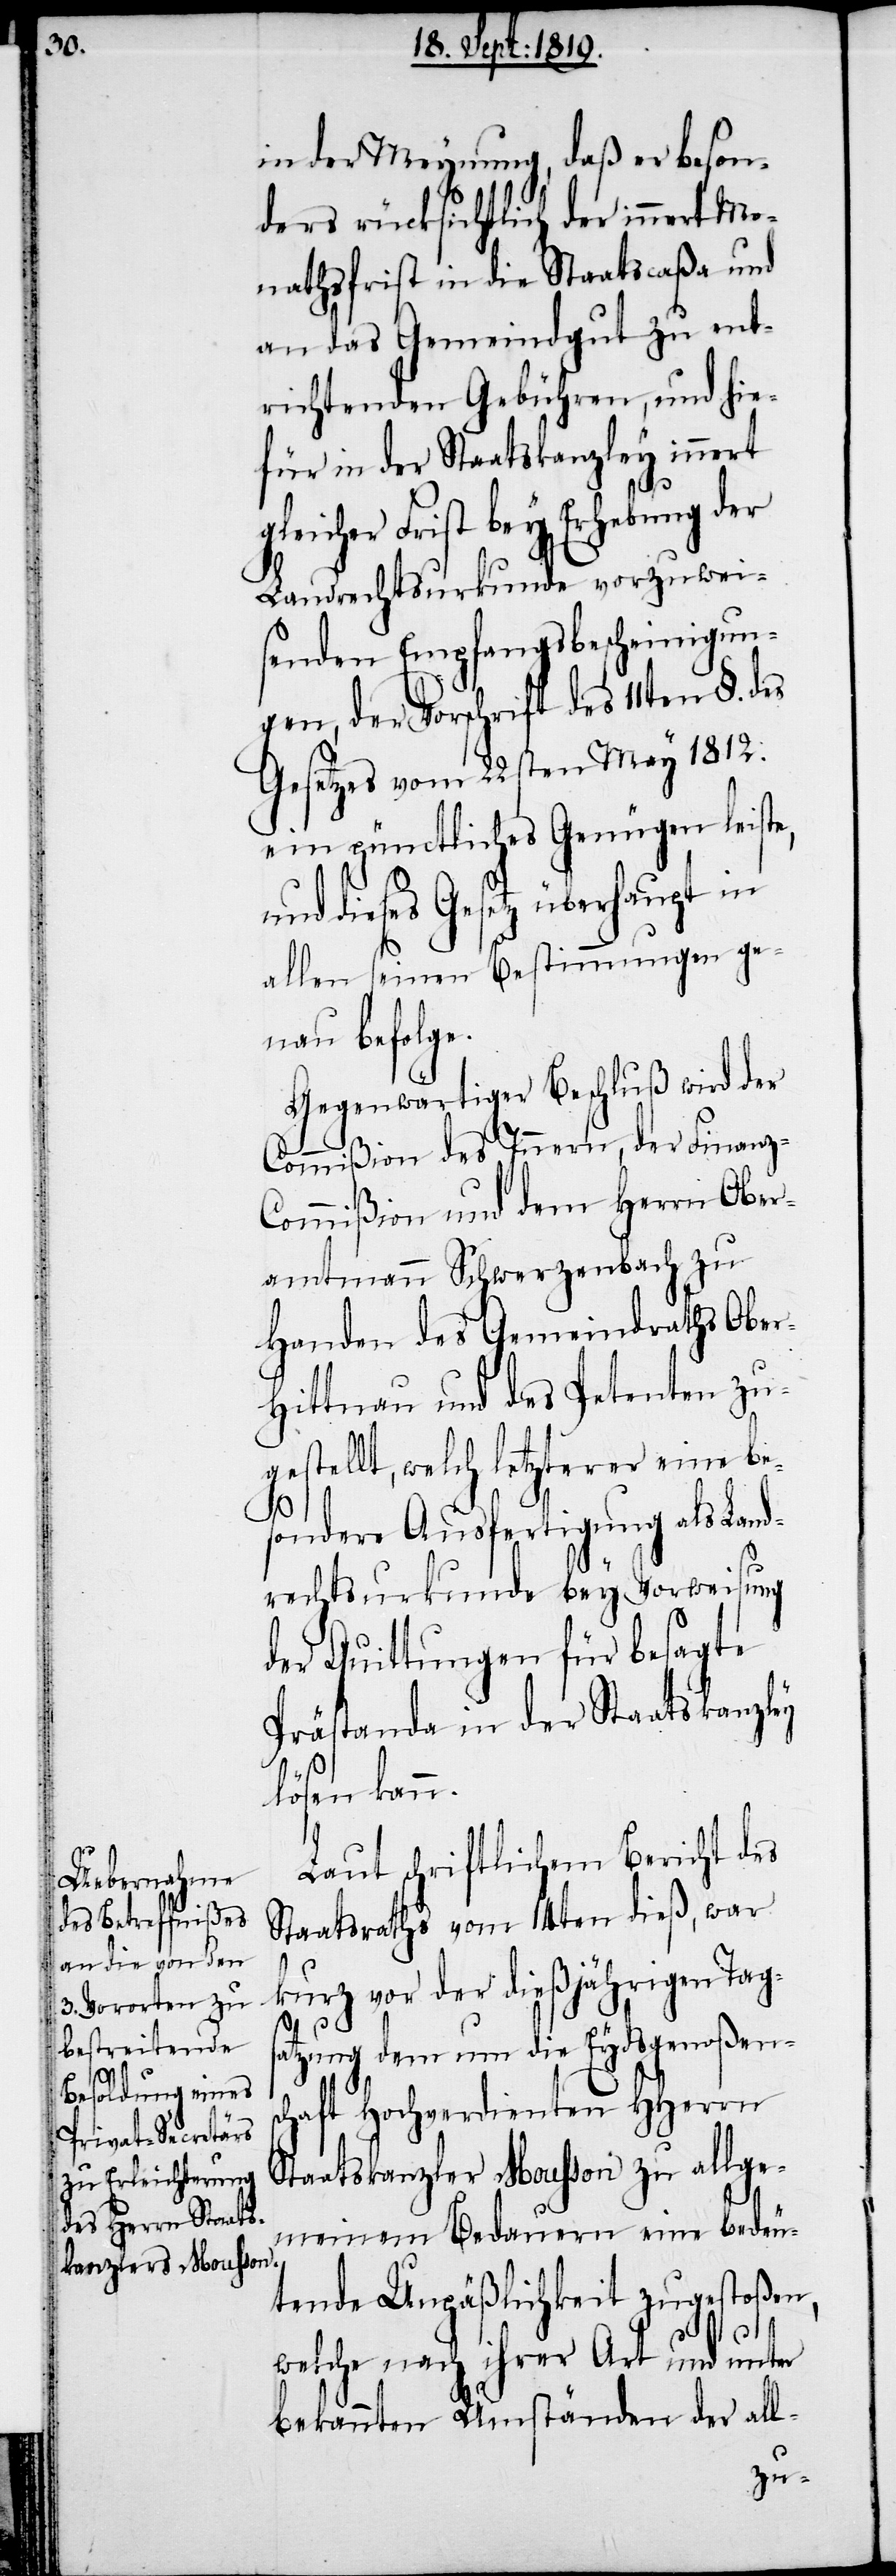
in der Meynung, daß er beson¬
ders rücksichtlich der innert Mo¬
nathsfrist in die Staatscaßa und
an das Gemeindgut zu ent¬
richtenden Gebühren, und hie¬
für in der Staatskanzley innert
eicher Frist bey Erhebung der
Landrechtsurkunde vorzuwei¬
senden Empfangsbescheinigun¬
gen, der Vorschrift des 11ten §. des
Gesetzes vom 22sten May 1812.
ein pünctliches Genügen leiste,
dieses Gesetz überhaupt in
allen seinen Bestimmungen ge¬
nau befolge.
Gegenwärtiger Beschluß wird der
Commißion des Innern, der Finanz-C¬
ommißion und dem Herrn Ober¬
amtmann Schwerzenbach zu
Handen des Gemeindraths Ober¬
hittnau und des Petenten zu¬
gestellt, welch letzterer eine be¬
gl¬
sondere Ausfertigung als Land¬
rechtsurkunde bey Vorweisung
der Quittungen für besagte
Prästanda in der Staatskanzley
lösen kann.
Laut schriftlichem Bericht des
Staatsraths vom 14ten dieß, war
kurz vor der dießjährigen Tags¬
atzung dem um die Eidsgenoßens¬
chaft Hochverdienten HHerrn
Staatskanzler Mousson zu allge¬
meinem Bedauern eine bedeu¬
tende Unpäßlichkeit zugestoßen,
welche nach ihrer Art und unter
bekannten Umständen der all-